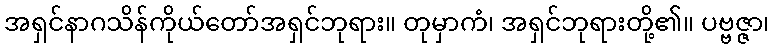
အရှင်နာဂသိန်ကိုယ်တော်အရှင်ဘုရား။ တုမှာကံ၊ အရှင်ဘုရားတို့၏။ ပဗ္ဗဇ္ဇာ၊